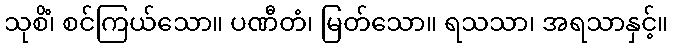
သုစိံ၊ စင်ကြယ်သော။ ပဏီတံ၊ မြတ်သော။ ရသသာ၊ အရသာနှင့်။